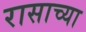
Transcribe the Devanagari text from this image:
रासाच्या